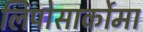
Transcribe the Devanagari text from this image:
लिपोसार्कोमा